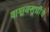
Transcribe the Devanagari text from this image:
वाङ्मयसूचीचे